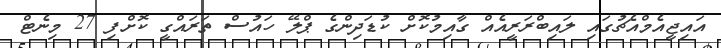
އައިޖީއެމްއެޗުގައި ލައިބްރަރީއެއް ގާއިމުކޮށް ކުޑަދިންގެ ޕްލޭ ހައުސް ތަރައްގީ ކޮށްފި 27 މިނެޓް